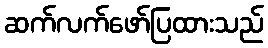
ဆက်လက်ဖော်ပြထားသည်